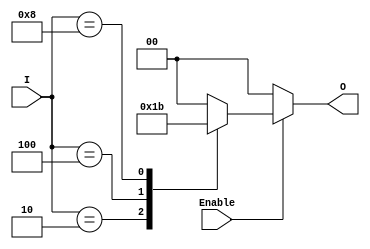
module binary_encoder (
    input wire [3:0] I,      // 4 input lines
    input wire Enable,        // Enable signal
    output reg [1:0] O       // 2 output lines
);

    always @(*) begin
        if (!Enable) begin
            O = 2'b00;        // If Enable is low, output is 00
        end else begin
            case (I)
                4'b0001: O = 2'b00; // I0 is active
                4'b0010: O = 2'b01; // I1 is active
                4'b0100: O = 2'b10; // I2 is active
                4'b1000: O = 2'b11; // I3 is active
                default: O = 2'b00; // Default case for no active input
            endcase
        end
    end

endmodule